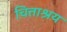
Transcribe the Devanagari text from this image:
चित्ताश्रय